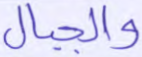
والجبال